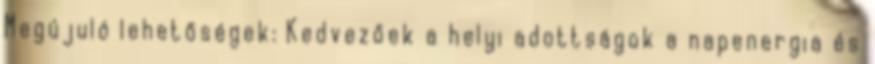
Megújuló lehetőségek: Kedvezőek a helyi adottságok a napenergia és